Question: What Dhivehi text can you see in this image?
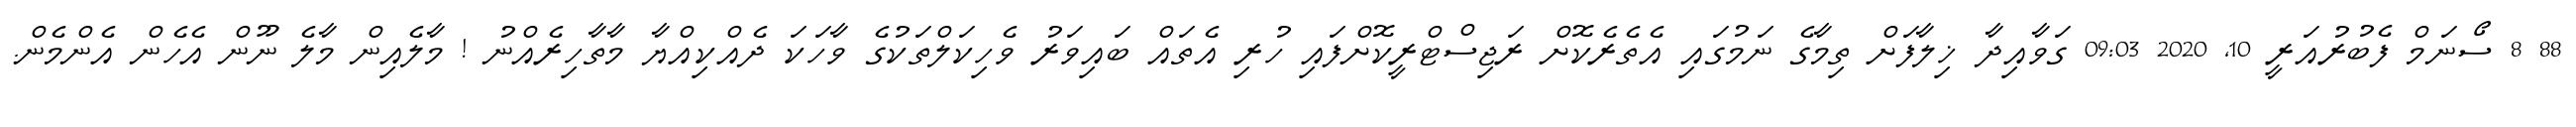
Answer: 88 8 ސޯނަމް ފެބުރުއަރީ 10, 2020 09:03 ގަވާއިދާ ޚިލާފަށް ތިމާގެ ނަމުގައި އެތެރެކޮށް ރަޖިސްޓްރީކޮށްފައި ހުރި އެތައް ބައިވަރު ވެހިކަލްތަކުގެ ވާހަކަ ދެއްކިއްޔާ މާތާހިރެއްނު ! މާލެއިން މާލެ ނޫން އެހެން އެންމެން.